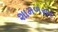
શામળસર